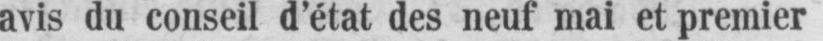
avis du conseil d’état des neuf mai et premier